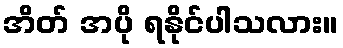
အိတ် အပို ရနိုင်ပါသလား။